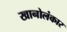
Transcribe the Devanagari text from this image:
खानोलंकार